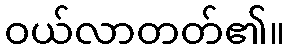
ဝယ်လာတတ်၏။